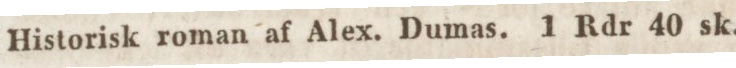
Historisk roman af Alex. Dumas. 1 Rdr 40 sk.